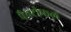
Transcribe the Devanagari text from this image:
पैनटोफल